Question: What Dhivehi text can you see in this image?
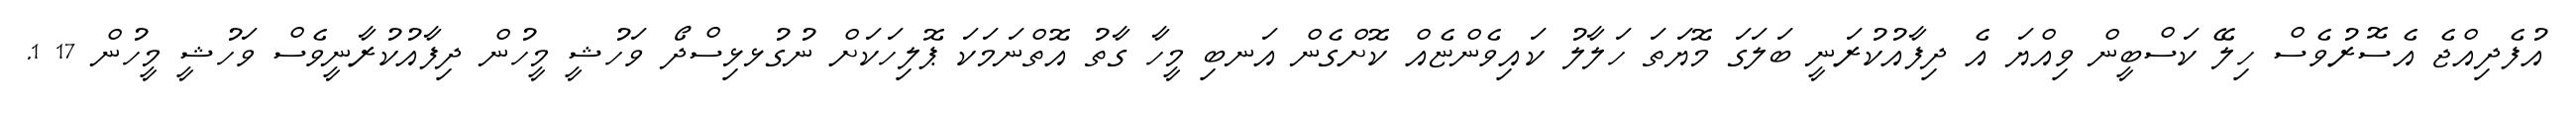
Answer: އުފެދިއްޖެ އެސޮރުވެސް ހިލޭ ކަސްބީން ވިއްޔަ އެ ދިފާއުކުރަނީ ބަލަގަ މޮޔަތަ ހަލާލު ކައިވެންޏެއް ކޮށްގެން އަނބި މީހާ ގާތު އޮތްނަމަކަ ޕޮލިހަކަށް ނުގުޅޅިސްދޯ ވަހުޝީ މީހުން ދިފާއުކުރާނީވެސް ވަހުޝީ މީހުން 17 1.